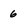
Character: 6